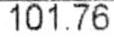
101.76